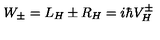
W _ { \pm } = L _ { H } \pm R _ { H } = i \hbar V _ { H } ^ { \pm }